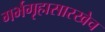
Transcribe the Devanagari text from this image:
गर्भगृहासारखेच